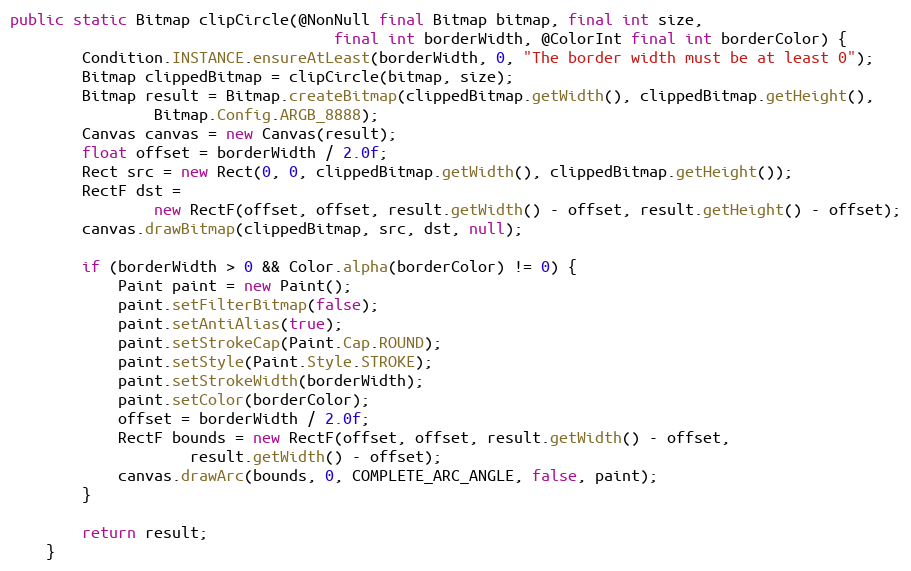
Language: Java
public static Bitmap clipCircle(@NonNull final Bitmap bitmap, final int size,
                                    final int borderWidth, @ColorInt final int borderColor) {
        Condition.INSTANCE.ensureAtLeast(borderWidth, 0, "The border width must be at least 0");
        Bitmap clippedBitmap = clipCircle(bitmap, size);
        Bitmap result = Bitmap.createBitmap(clippedBitmap.getWidth(), clippedBitmap.getHeight(),
                Bitmap.Config.ARGB_8888);
        Canvas canvas = new Canvas(result);
        float offset = borderWidth / 2.0f;
        Rect src = new Rect(0, 0, clippedBitmap.getWidth(), clippedBitmap.getHeight());
        RectF dst =
                new RectF(offset, offset, result.getWidth() - offset, result.getHeight() - offset);
        canvas.drawBitmap(clippedBitmap, src, dst, null);

        if (borderWidth > 0 && Color.alpha(borderColor) != 0) {
            Paint paint = new Paint();
            paint.setFilterBitmap(false);
            paint.setAntiAlias(true);
            paint.setStrokeCap(Paint.Cap.ROUND);
            paint.setStyle(Paint.Style.STROKE);
            paint.setStrokeWidth(borderWidth);
            paint.setColor(borderColor);
            offset = borderWidth / 2.0f;
            RectF bounds = new RectF(offset, offset, result.getWidth() - offset,
                    result.getWidth() - offset);
            canvas.drawArc(bounds, 0, COMPLETE_ARC_ANGLE, false, paint);
        }

        return result;
    }